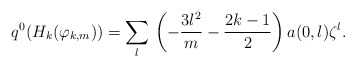
\begin{align*}q^0(H_k(\varphi_{k,m}))= \sum_{l}\,\left(-\frac{3l^2}m-\frac{2k-1}2\right)a(0,l)\zeta^l.\end{align*}